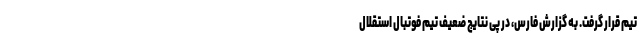
تیم قرار گرفت. به گزارش فارس، در پی نتایج ضعیف تیم فوتبال استقلال